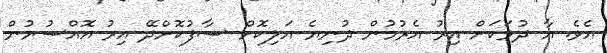
އެވެ. އާ ދުވަކަށް އިރު އެރުމުން ދުނިޔެ އަލިކޮށް ސާފުކޮށްދޭ އިރު އޮއްސުމުން